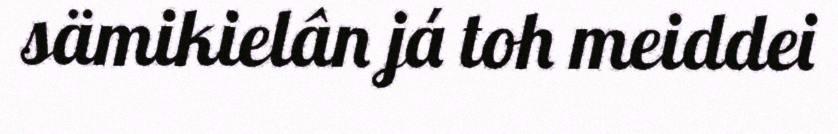
sämikielân já toh meiddei